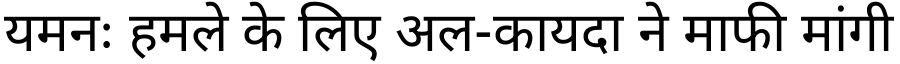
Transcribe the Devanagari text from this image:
यमनः हमले के लिए अल-कायदा ने माफी मांगी